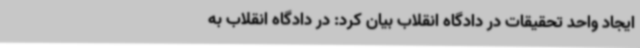
ایجاد واحد تحقیقات در دادگاه انقلاب بیان کرد: در دادگاه انقلاب به